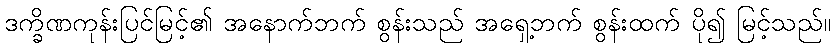
ဒက္ခိဏကုန်းပြင်မြင့်၏ အနောက်ဘက် စွန်းသည် အရှေ့ဘက် စွန်းထက် ပို၍ မြင့်သည်။